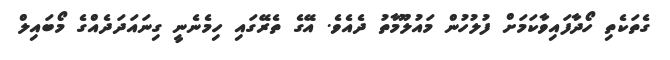
ގެތަކެތި ހޯދާފައިވާކަމަށް ފުލުހުން މައުލޫމާތު ދެއެވެ. އޭގެ ތެރޭގައި ހިމެނެނީ ގިނައަދަދެއްގެ މޯބައިލް